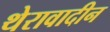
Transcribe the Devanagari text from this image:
थेरावादीन